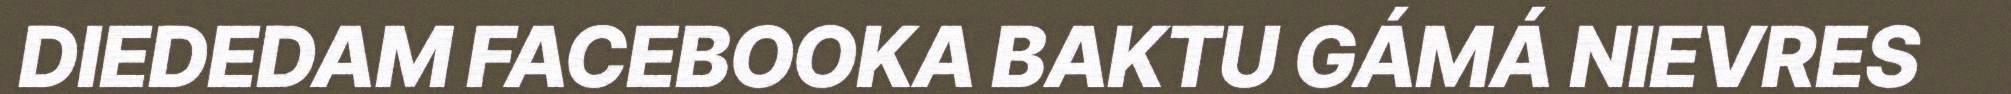
DIEDEDAM FACEBOOKA BAKTU GÁMÁ NIEVRES